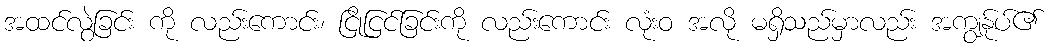
အထင်လွဲခြင်း ကို လည်းကောင်း၊ ငြိုငြင်ခြင်းကို လည်းကောင်း လုံးဝ အလို မရှိသည်မှာလည်း အကျွန်ုပ်၏